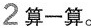
2 算一算。